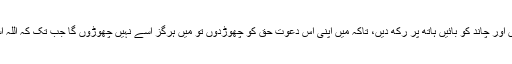
اگر یہ لوگ سورج کو میرے داہنے ہاتھ پر رکھ دیں اور چاند کو بائیں ہاتھ پر رکھ دیں، تاکہ میں اپنی اس دعوتِ حق کو چھوڑدوں تو میں ہرگز اسے نہیں چھوڑوں گا جب تک کہ اللہ اسے غالب نہ کردے یا اسی میں میری موت آجائے۔